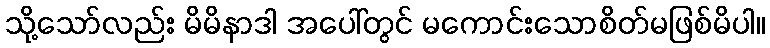
သို့သော်လည်း မိမိနာဒါ အပေါ်တွင် မကောင်းသောစိတ်မဖြစ်မိပါ။